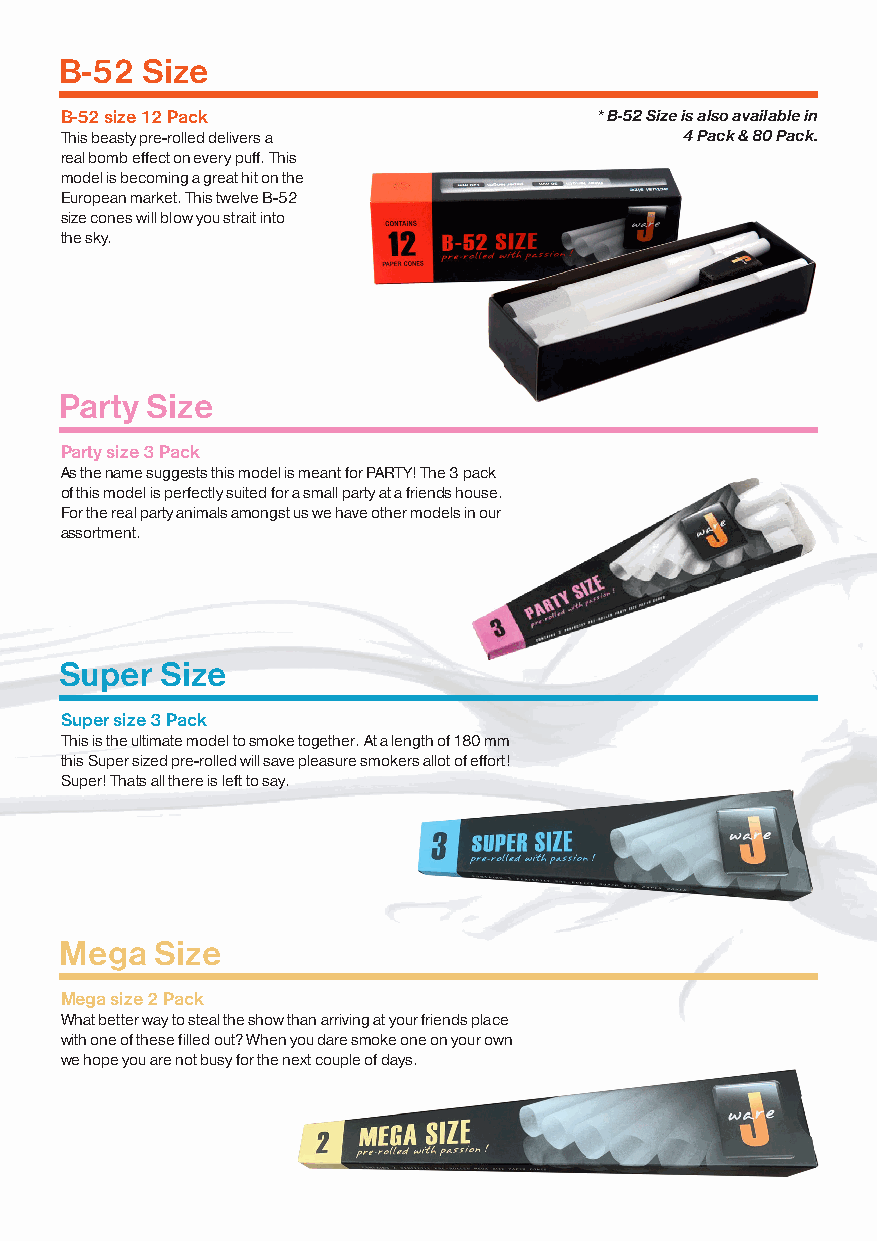
B-52 Size
 B-52 size 12 Pack                  * B-52 Size is also available in
 This beasty pre-rolled delivers a        4 Pack & 80 Pack.
 real bomb effect on every puff. This
 model is becoming a great hit on the
 European market. This twelve B-52
 size cones will blow you strait into
 the sky.
 Party Size
 Party size 3 Pack
 As the name suggests this model is meant for PARTY! The 3 pack
 of this model is perfectly suited for a small party at a friend�s house.
 For the real party animals amongst us we have other models in our
 assortment.
 Super  Size
 Super size 3 Pack
 This is the ultimate model to smoke together. At a length of 180 mm
 this Super sized pre-rolled will save pleasure smokers allot of effort!
 Super! That�s all there is left to say�.
 Mega  Size
 Mega size 2 Pack
 What better way to steal the show than arriving at your friends place
 with one of these filled out? When you dare smoke one on your own
 we hope you are not busy for the next couple of days.